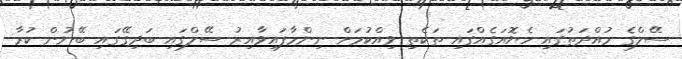
ސޭލްގެ މުއްދަތުގައި ހެޔޮއަގެއްގައި ތަކެތި ވިއްކުމަށް ނިންމާފައިވާއިރު ސޭލްގައި ބަދިގޭގައި ބޭނުން ކުރާ